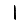
Digit: 1